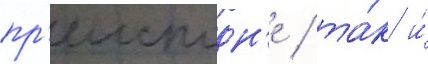
пр'еисподн'е / та́к и́